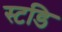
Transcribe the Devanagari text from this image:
स्टडि